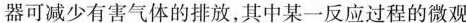
器可减少有害气体的排放，其中某一反应过程的微观